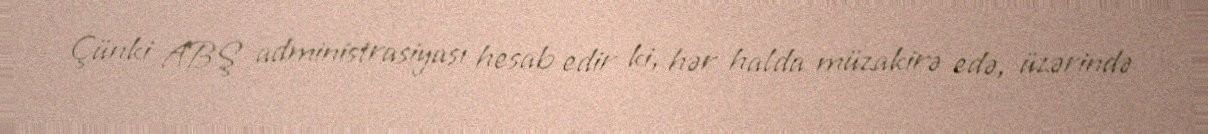
Çünki ABŞ administrasiyası hesab edir ki, hər halda müzakirə edə, üzərində